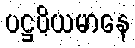
ပဋ္ဌပိယမာနေ